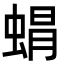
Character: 𮔙